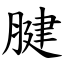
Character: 腱